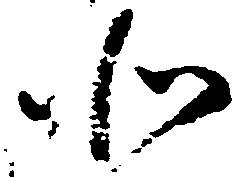
北